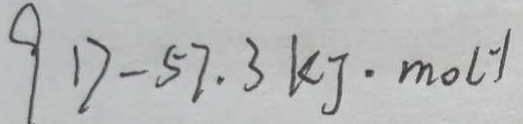
9 1 7 - 5 7 . 3 k g \cdot m o l ^ { - 1 }